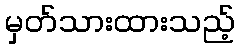
မှတ်သားထားသည့်